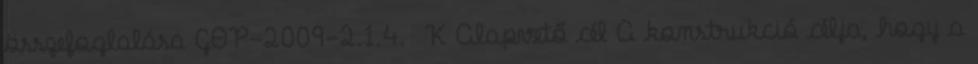
összefoglalása GOP-2009-2.1.4. K Alapvető cél A konstrukció célja, hogy a